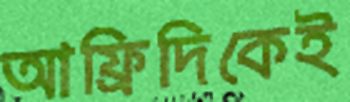
আফ্রিদিকেই